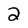
Character: 2